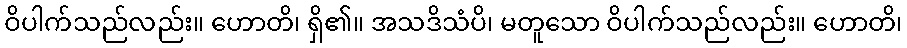
ဝိပါက်သည်လည်း။ ဟောတိ၊ ရှိ၏။ အသဒိသံပိ၊ မတူသော ဝိပါက်သည်လည်း။ ဟောတိ၊